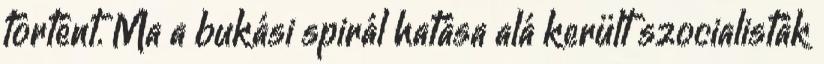
történt. Ma a bukási spirál hatása alá került szocialisták